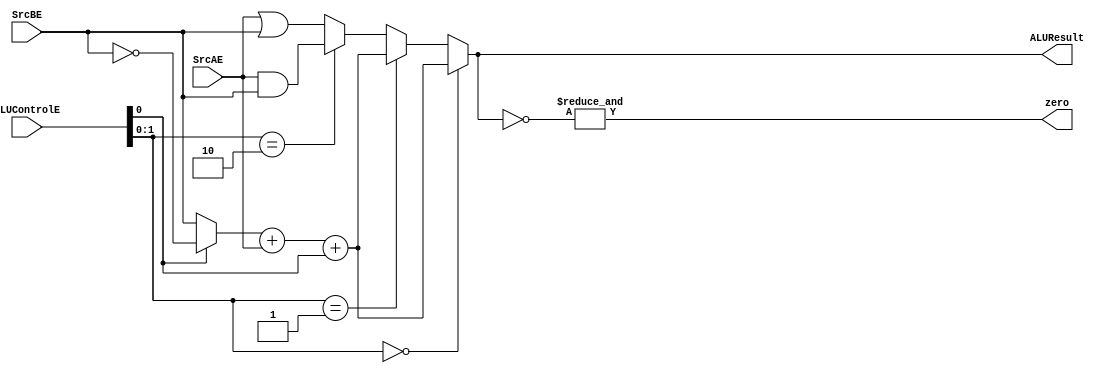
`timescale 1ns / 1ps
//////////////////////////////////////////////////////////////////////////////////
// Company: 
// Engineer: 
// 
// Design Name: 
// Module Name: ALU
// Project Name: 
// Target Devices: 
// Tool Versions: 
// Description: 
// 
// Dependencies: 
// 
// Revision:
// Revision 0.01 - File Created
// Additional Comments:
// 
//////////////////////////////////////////////////////////////////////////////////


module ALU(
    input [31:0] SrcAE, SrcBE,
    input [2:0] ALUControlE,
    output [31:0] ALUResult,
    output zero
    );
    
    wire [31:0] A_and_B, A_or_B, not_B,mux_1,sum;
    
    assign A_and_B = SrcAE & SrcBE;
    assign A_or_B = SrcAE | SrcBE;
    assign not_B = ~SrcBE;
    assign mux_1 = ( ALUControlE[0] ? not_B : SrcBE );
    assign sum = mux_1 + SrcAE + ALUControlE[0];
    assign ALUResult = ( ALUControlE[1:0]==2'b00) ? sum:
                        (ALUControlE[1:0]==2'b01) ? sum:
                        (ALUControlE[1:0]==2'b10) ? A_and_B:
                                                   A_or_B;
    assign zero = &(~ALUResult);                                           
endmodule